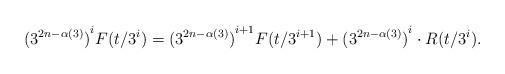
LaTeX: \begin{align*}{(3^{2n- \alpha(3)})}^i F(t/3^i) = {(3^{2n- \alpha(3)})}^{i+1} F(t/3^{i+1}) + {(3^{2n- \alpha(3)})}^i \cdot R(t/3^i).\end{align*}